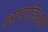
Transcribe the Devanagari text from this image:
आरएंडआर